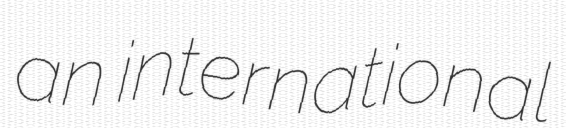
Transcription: an international